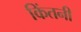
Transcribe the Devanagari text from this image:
किंतनी